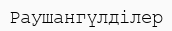
Раушангүлділер